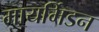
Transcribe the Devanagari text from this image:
मायर्मिडन